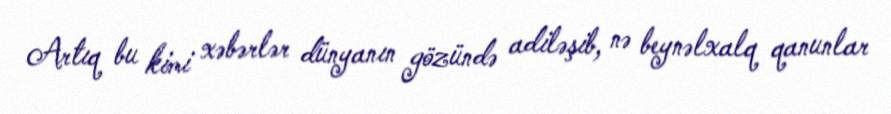
Artıq bu kimi xəbərlər dünyanın gözündə adiləşib, nə beynəlxalq qanunlar